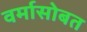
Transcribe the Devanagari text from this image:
वर्मासोबत